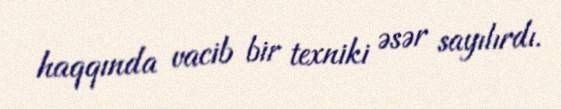
haqqında vacib bir texniki əsər sayılırdı.